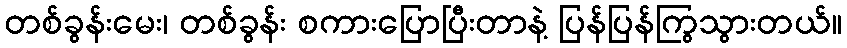
တစ်ခွန်းမေး၊ တစ်ခွန်း စကားပြောပြီးတာနဲ့ ပြန်ပြန်ကြွသွားတယ်။